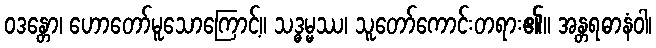
ဝဒန္တော၊ ဟောတော်မူသောကြောင့်။ သဒ္ဓမ္မဿ၊ သူတော်ကောင်းတရား၏။ အန္တရဓာနံဝါ၊